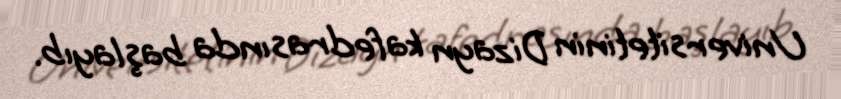
Universitetinin Dizayn kafedrasında başlayıb.